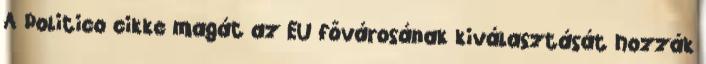
A Politico cikke magát az EU fővárosának kiválasztását hozzák